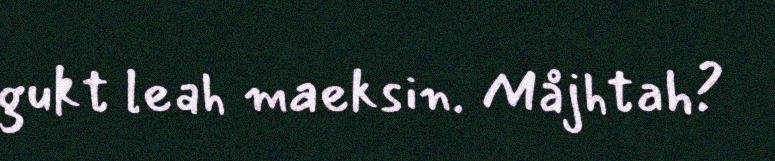
gukt leah maeksin. Måjhtah?